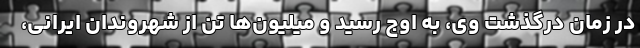
در زمان درگذشت وی، به اوج رسید و میلیون‌ها تن از شهروندان ایرانی،